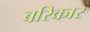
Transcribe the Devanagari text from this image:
बरिकार